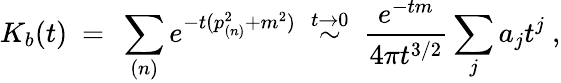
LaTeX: K_{b}(t)\ =\ \sum_{(n)}e^{-t(p_{(n)}^{2}+m^{2})}\ \stackrel{t\rightarrow 0}{\sim}\ \frac{e^{-tm}}{4\pi t^{3/2}}\sum_{j}a_{j}t^{j}\ ,